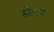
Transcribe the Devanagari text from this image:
डोगपा